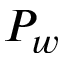
P _ { w }